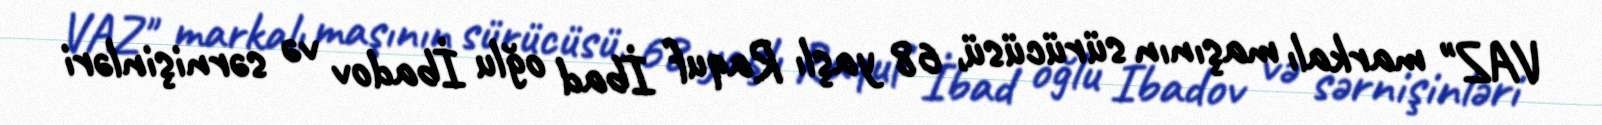
VAZ" markalı maşının sürücüsü, 68 yaşlı Raquf İbad oğlu İbadov və sərnişinləri